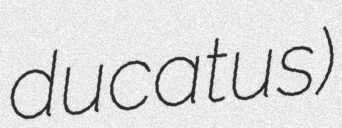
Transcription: ducatus)